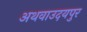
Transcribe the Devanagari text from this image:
अथवाउदयपुर